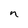
Character: n